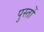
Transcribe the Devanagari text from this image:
पुस्तों